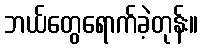
ဘယ်တွေရောက်ခဲ့တုန်း။